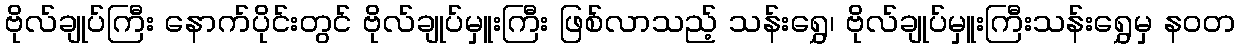
ဗိုလ်ချုပ်ကြီး နောက်ပိုင်းတွင် ဗိုလ်ချုပ်မှူးကြီး ဖြစ်လာသည့် သန်းရွှေ၊ ဗိုလ်ချုပ်မှူးကြီးသန်းရွှေမှ နဝတ